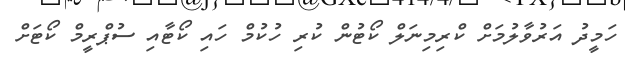
ހަމީދު އަރުވާލުމަށް ކްރިމިނަލް ކޯޓުން ކުރި ހުކުމް ހައި ކޯޓާއި ސުޕްރީމް ކޯޓަށް